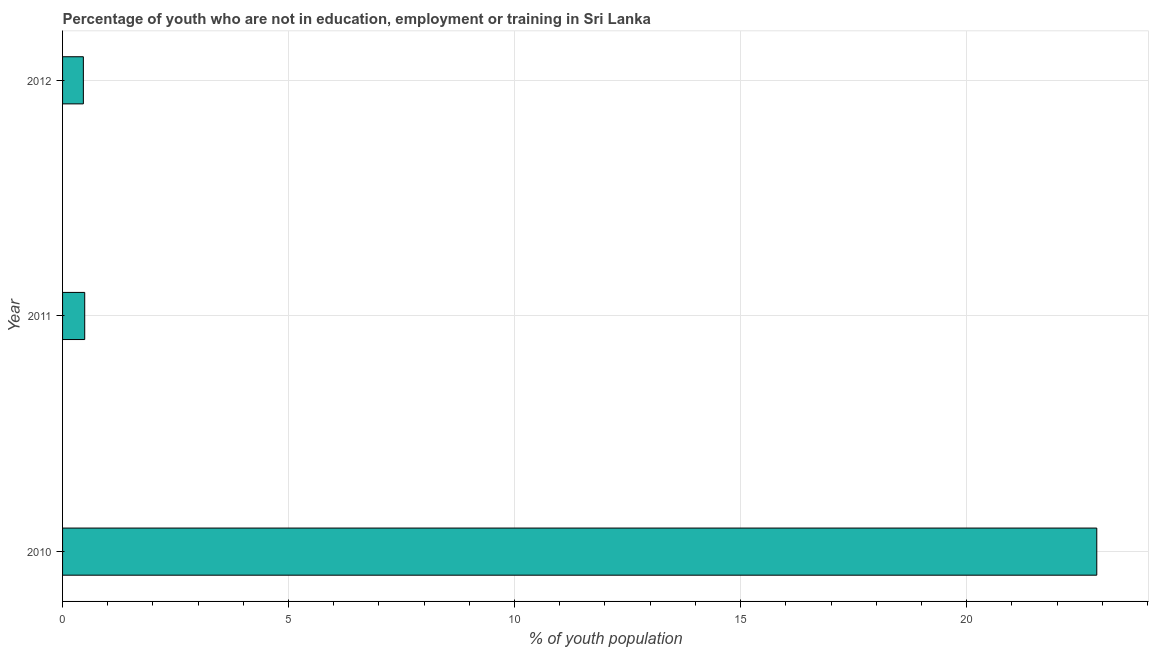
| Year | Unemployed youth |
 | --- | --- |
 | 2010 | 22.9 |
 | 2011 | 0.49 |
 | 2012 | 0.46 |